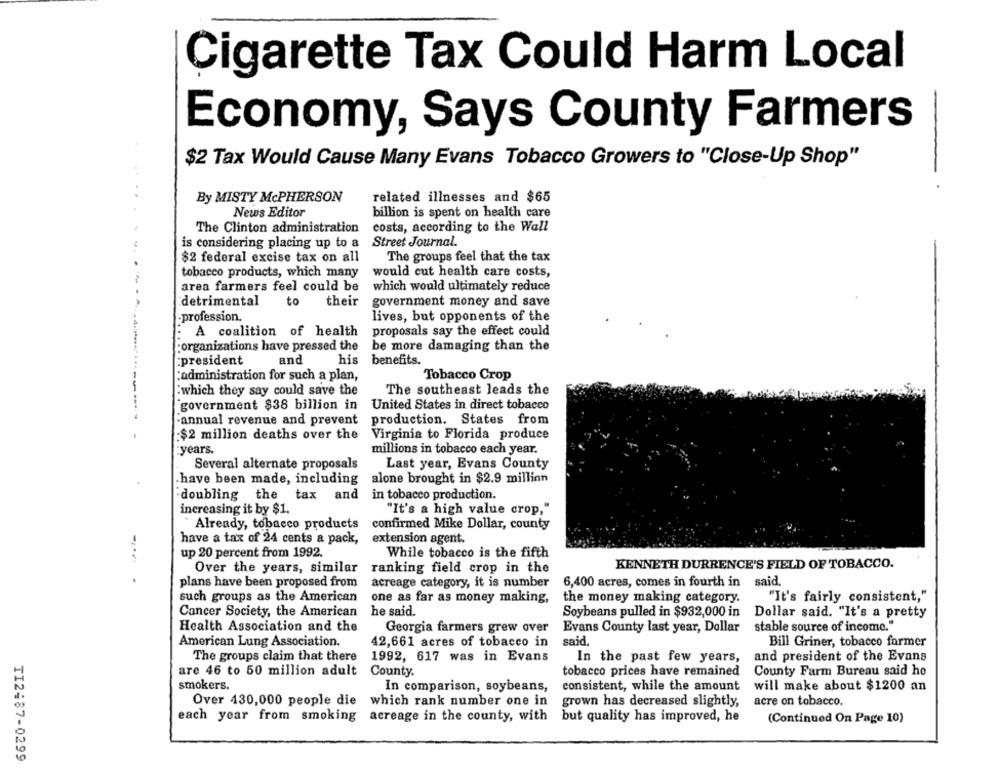
Cigarette Tax Could Harm Local
Economy, Says County Farmers
$2 Tax Would Cause Many Evans Tobacco Growers to "Close-Up Shop"
By MISTY McPHERSON
related illnesses and $65
News Editor
billion is spent on health care
The Clinton administration
costs, according to the Wall
is considering placing up to a
Street Journal.
$2 federal excise tax on all
The groups feel that the tax
tobacco products, which many
would cut health care costs,
area farmers feel could be
which would ultimately reduce
detrimental
to
their
government money and save
-profession.
lives, but opponents of the
proposals say the effect could
: A coalition of health
be more damaging than the
organizations have pressed the
:president
and
his
benefits.
:administration for such a plan,
Tobacco Crop
:which they say could save the
The southeast leads the
government $38 billion in
United States in direct tobacco
"annual revenue and prevent
production. States from
-$2 million deaths over the
Virginia to Florida produce
years.
millions in tobacco each year.
Several alternate proposals
Last year, Evans County
have been made, including
alone brought in $2.9 million
doubling the tax and
in tobacco production.
increasing it by $1.
"It's a high value crop,"
Already, tobacco products
confirmed Mike Dollar, county
have a tax of 24 cents a pack,
extension agent.
up 20 percent from 1992.
While tobacco is the fifth
Over the years, similar ranking field crop in the
KENNETH DURRENCE'S FIELD OF TOBACCO.
plans have been proposed from
acreage category, it is number
6,400 acres, comes in fourth in said,
such groups as the American
one as far as money making,
the money making category.
"It's fairly consistent,"
Cancer Society, the American
he said.
Soybeans pulled in $932,000 in
Dollar said. "It's a pretty
Health Association and the
Georgia farmers grew over
Evans County last year, Dollar
stable source of income."
American Lung Association.
42,661 acres of tobacco in
said.
Bill Griner, tobacco former
The groups claim that there
1992, 617 was in Evans
In the past few years, and president of the Evans
In the past few years,
County Farm Bureau said ho
are 46 to 50 million adult
County.
tobacco prices have remained
consistent, while the amount
smokers.
In comparison, soybeans,
will make about $1200 an
Over 430,000 people die
acre on tobacco.
which rank number one in
grown has decreased slightly,
each year from smoking
acreage in the county, with
but quality has improved, he
(Continued On Page 10)
TI2487-0299